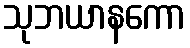
သုဘယာနကော